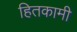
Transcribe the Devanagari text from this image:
हितकामी